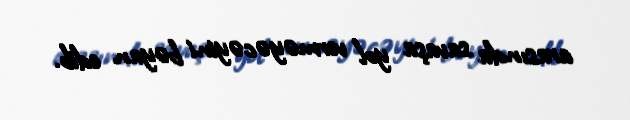
arasında savaşa yol verməyəcəyini bəyan edib.